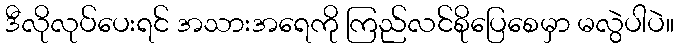
ဒီလိုလုပ်ပေးရင် အသားအရေကို ကြည်လင်စိုပြေစေမှာ မလွဲပါပဲ။